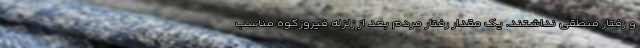
و رفتار منطقی نداشتند. یک مقدار رفتار مردم بعد از زلزله فیروزکوه مناسب